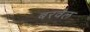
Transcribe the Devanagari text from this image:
बरवैल